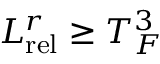
L _ { \mathrm { r e l } } ^ { r } \geq T _ { F } ^ { 3 }